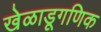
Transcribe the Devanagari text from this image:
खेळाडूगणिक